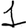
Digit: 1